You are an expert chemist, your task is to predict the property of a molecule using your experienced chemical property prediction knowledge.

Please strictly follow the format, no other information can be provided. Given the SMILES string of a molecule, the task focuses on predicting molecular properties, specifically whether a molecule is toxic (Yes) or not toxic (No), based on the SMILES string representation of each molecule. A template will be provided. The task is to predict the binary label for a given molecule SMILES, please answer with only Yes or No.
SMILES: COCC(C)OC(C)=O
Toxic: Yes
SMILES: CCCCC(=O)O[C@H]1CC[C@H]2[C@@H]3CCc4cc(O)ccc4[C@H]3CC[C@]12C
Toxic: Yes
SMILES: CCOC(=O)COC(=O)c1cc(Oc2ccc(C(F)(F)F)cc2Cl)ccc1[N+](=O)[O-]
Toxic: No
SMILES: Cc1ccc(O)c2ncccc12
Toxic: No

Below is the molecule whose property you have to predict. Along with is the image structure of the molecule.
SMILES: CCO[Si](CCCNC(N)=O)(OCC)OCC
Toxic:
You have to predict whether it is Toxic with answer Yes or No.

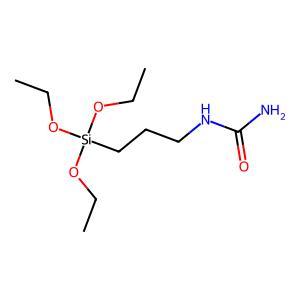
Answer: No